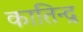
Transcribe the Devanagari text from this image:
कातिन्द्र